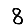
Digit: 8